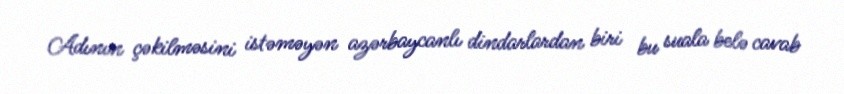
Adının çəkilməsini istəməyən azərbaycanlı dindarlardan biri bu suala belə cavab